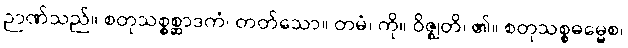
ဉာဏ်သည်။ စတုသစ္စစ္ဆာဒကံ၊ တတ်သော။ တမံ၊ ကို။ ဝိဇ္ဈတိ၊ ၏။ စတုသစ္စဓမ္မေစ၊